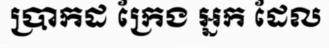
ប្រាកដ ក្រែង អ្នក ដែល